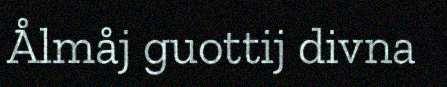
Ålmåj guottij divna